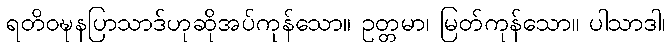
ရတိဝဍ္ဎနပြာသာဒ်ဟုဆိုအပ်ကုန်သော။ ဥတ္တမာ၊ မြတ်ကုန်သော။ ပါသာဒါ၊